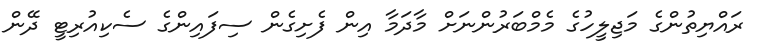
ރައްޔިތުންގެ މަޖިލީހުގެ މެމްބަރުންނަށް މާދަމާ އިން ފެށިގެން ސިފައިންގެ ސެކިއުރިޓީ ދޭން